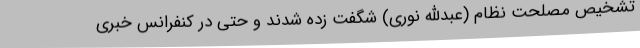
تشخیص مصلحت نظام (‌عبدالله نوری) شگفت زده شدند و حتی در کنفرانس خبری